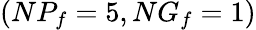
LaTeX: (NP_{f}=5,NG_{f}=1)